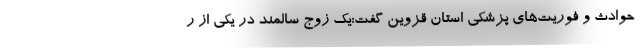
حوادث و فوریت‌های پزشکی استان قزوین گفت:یک زوج سالمند در یکی از ر